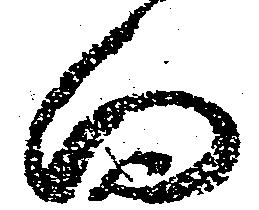
向